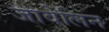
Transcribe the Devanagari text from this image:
जावेलिन